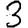
Digit: 3